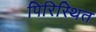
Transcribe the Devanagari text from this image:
पिरिस्थित